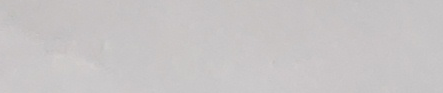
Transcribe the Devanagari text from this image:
सम्मेलन